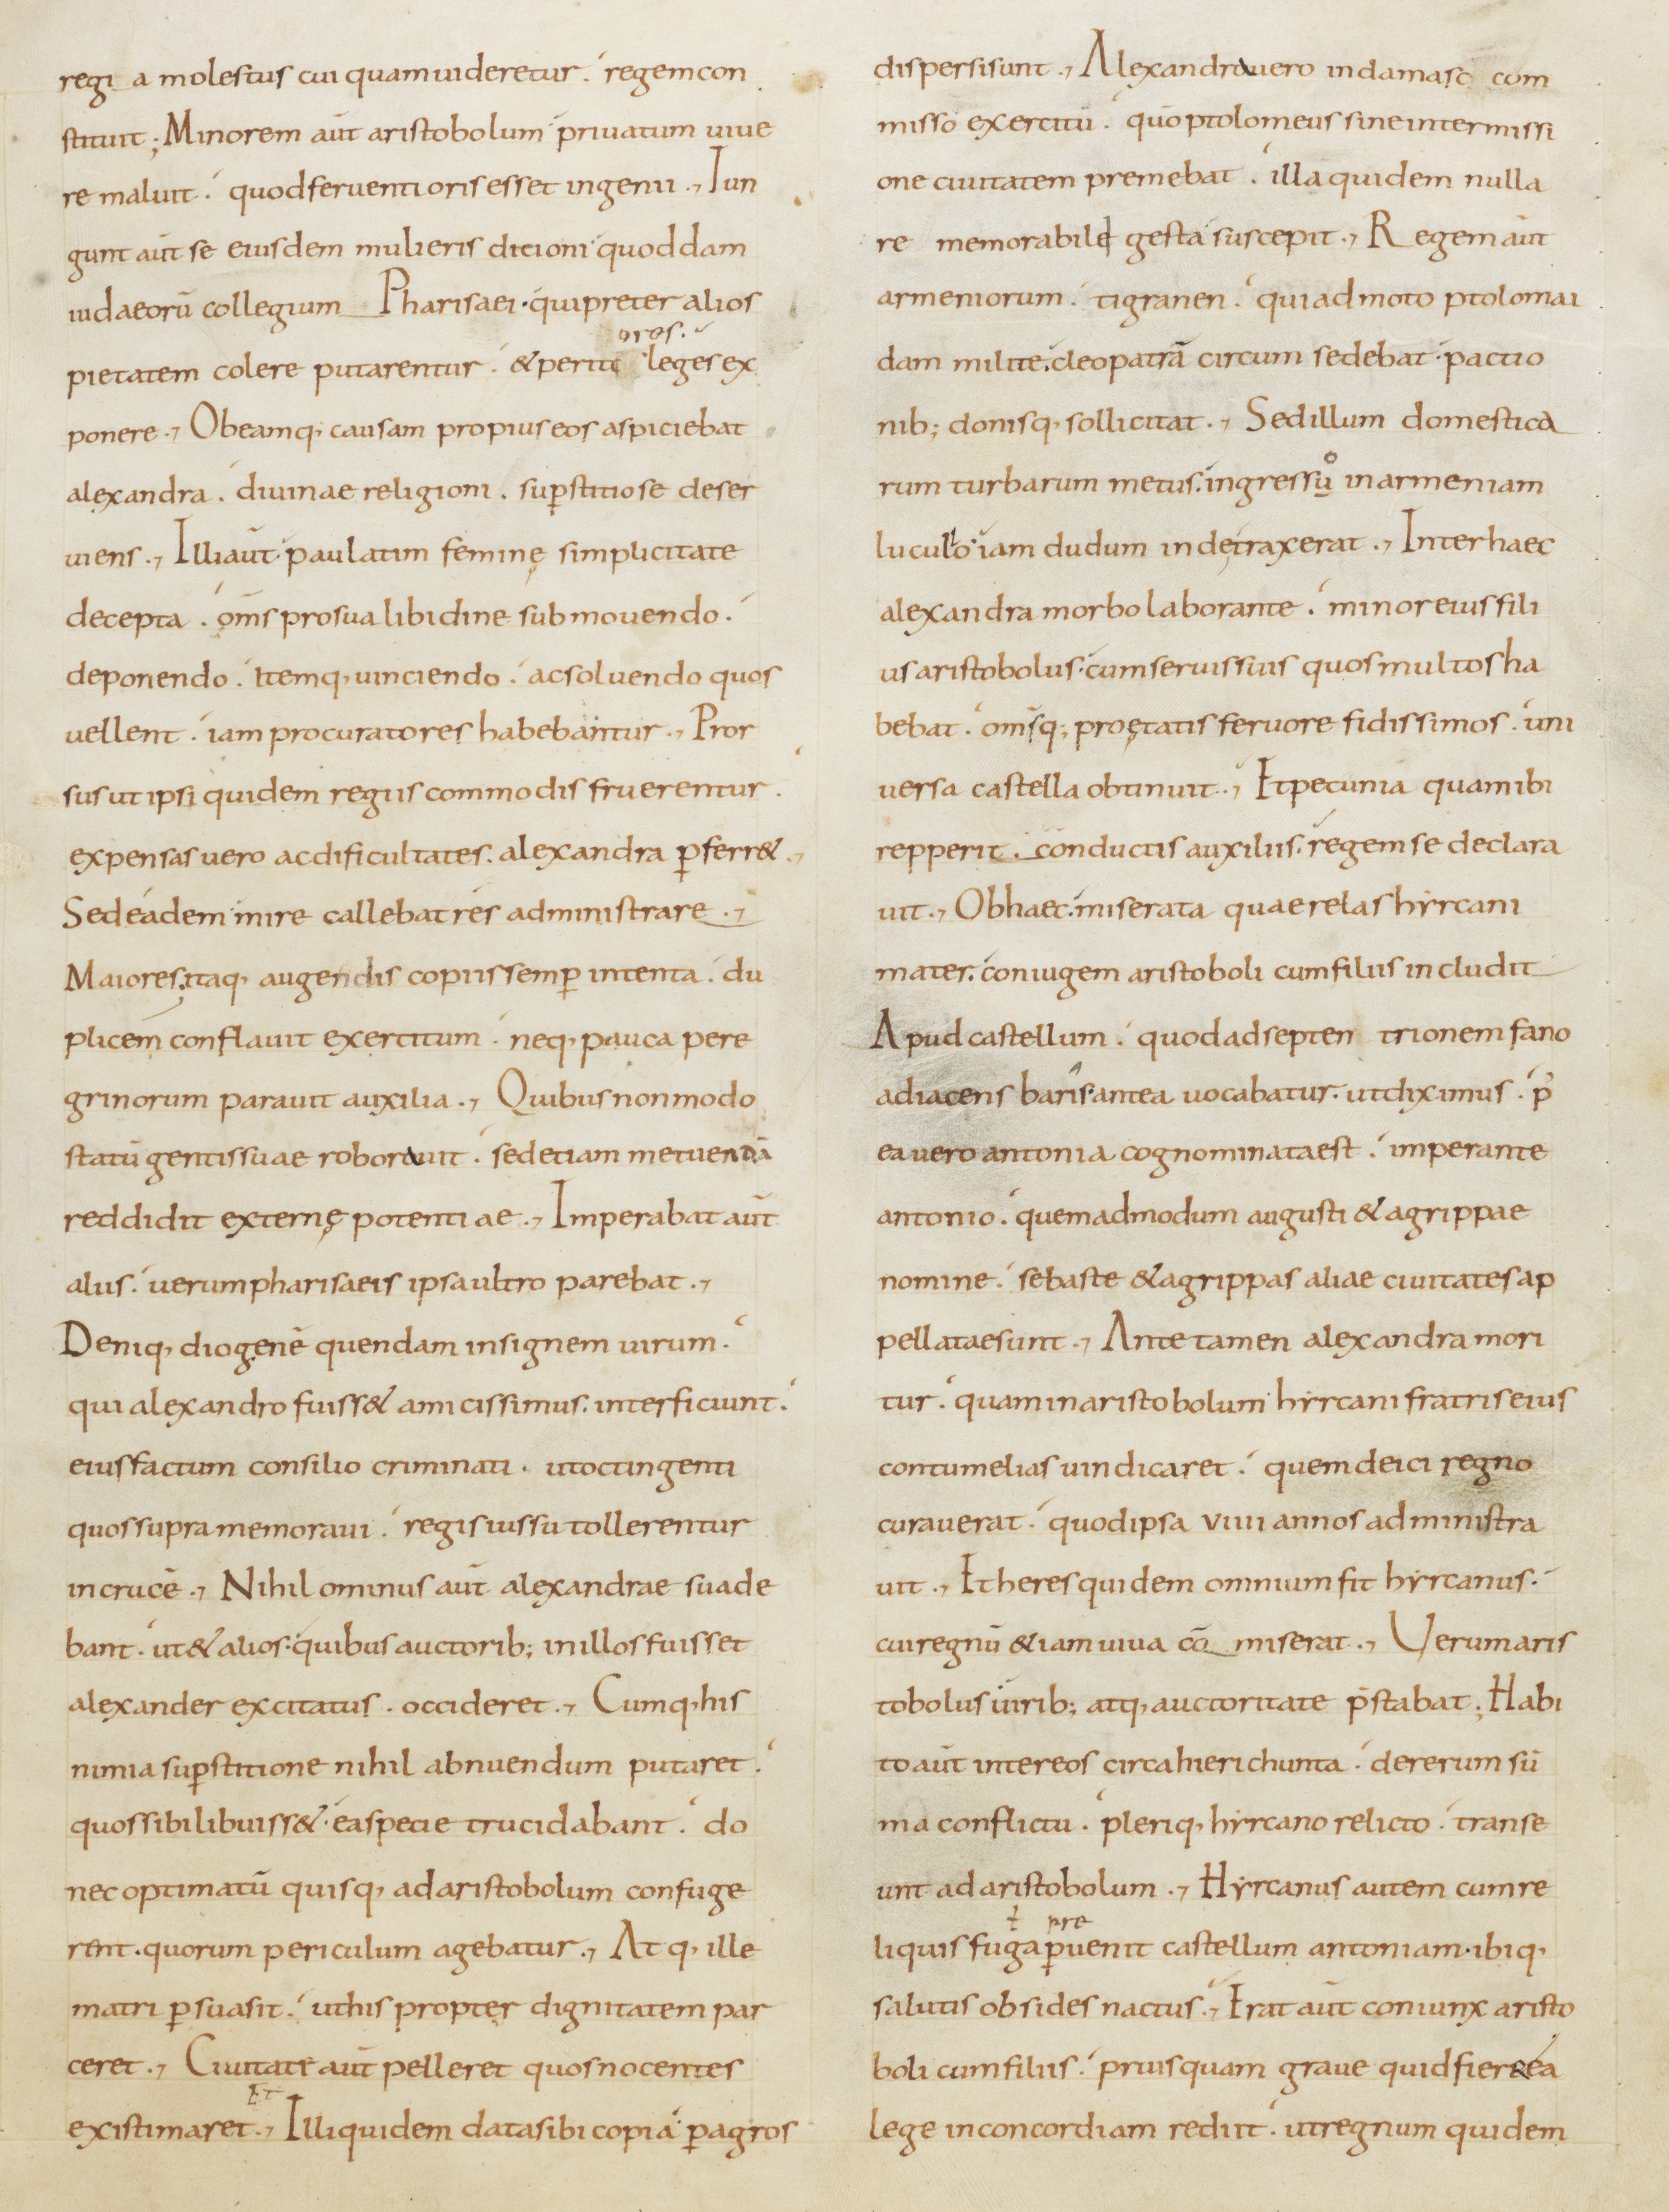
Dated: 800–899